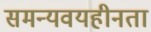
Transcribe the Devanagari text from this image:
समन्यवयहीनता